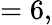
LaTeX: =6,